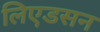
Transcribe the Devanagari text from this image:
लिएडसन